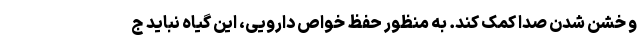
و خشن شدن صدا کمک کند. به منظور حفظ خواص دارویی، این گیاه نباید ج